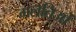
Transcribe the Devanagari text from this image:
गलतिओं